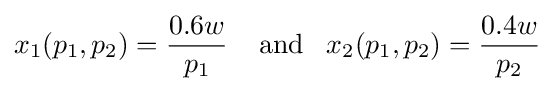
x_{1}(p_{1},p_{2})={\frac {0.6w}{p_{1}}}\;\;\;\;{\rm {and}}\;\;\;x_{2}(p_{1},p_{2})={\frac {0.4w}{p_{2}}}